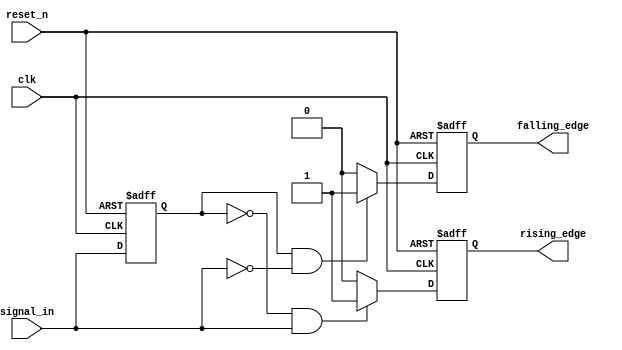
module Schmitt_Trigger_Edge_Detector(
    input wire clk,          // Clock signal
    input wire reset_n,      // Active low reset
    input wire signal_in,    // Input signal to monitor
    output reg rising_edge,   // Rising edge output signal
    output reg falling_edge   // Falling edge output signal
);

    // Parameters for Schmitt Trigger thresholds
    parameter RISING_THRESHOLD = 1'b1;    // Define the threshold for rising edge detection
    parameter FALLING_THRESHOLD = 1'b0;    // Define the threshold for falling edge detection
    
    // Internal signals
    reg signal_prev; // Memory element to store previous state of signal_in

    // Initialize state on reset
    always @(posedge clk or negedge reset_n) begin
        if (!reset_n) begin
            signal_prev <= 1'b0; // initialize the memory element to low on reset
            rising_edge <= 1'b0;  // Clear rising edge output
            falling_edge <= 1'b0;  // Clear falling edge output
        end else begin
            // Schmitt Trigger behavior
            // Detect edges based on previous and current input states
            rising_edge <= 1'b0;  // Default to low
            falling_edge <= 1'b0; // Default to low
            
            // Edge detection logic
            if (signal_prev == FALLING_THRESHOLD && signal_in == RISING_THRESHOLD) begin
                rising_edge <= 1'b1; // Rising edge detected
            end
            if (signal_prev == RISING_THRESHOLD && signal_in == FALLING_THRESHOLD) begin
                falling_edge <= 1'b1; // Falling edge detected
            end
            
            // Update previous state
            signal_prev <= signal_in; // Store current state for next comparison
        end
    end

endmodule